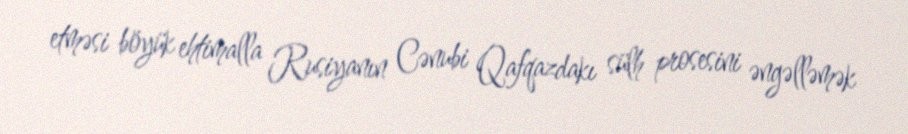
etməsi böyük ehtimalla Rusiyanın Cənubi Qafqazdakı sülh prosesini əngəlləmək